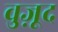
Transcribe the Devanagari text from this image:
वुज़ूद